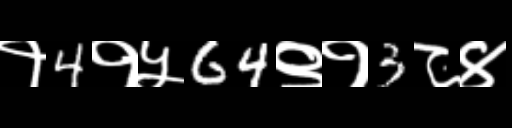
Text: १4१५64९१3८४